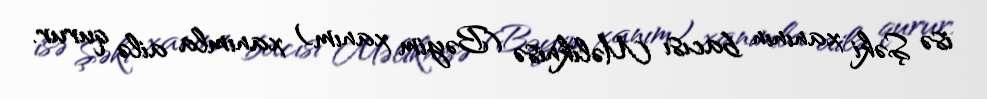
isə Şəki xanının bacısı Məliknisə (Bəyim xanım) xanımla ailə qurur.